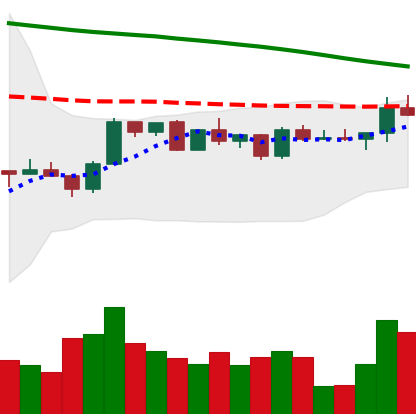
Ticker: ETH-USD
Chart end date: 2022-12-14
Forward return: -10.824%
Label: down_7plus